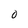
Character: O